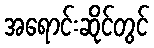
အရောင်းဆိုင်တွင်